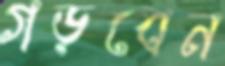
গড়বেন